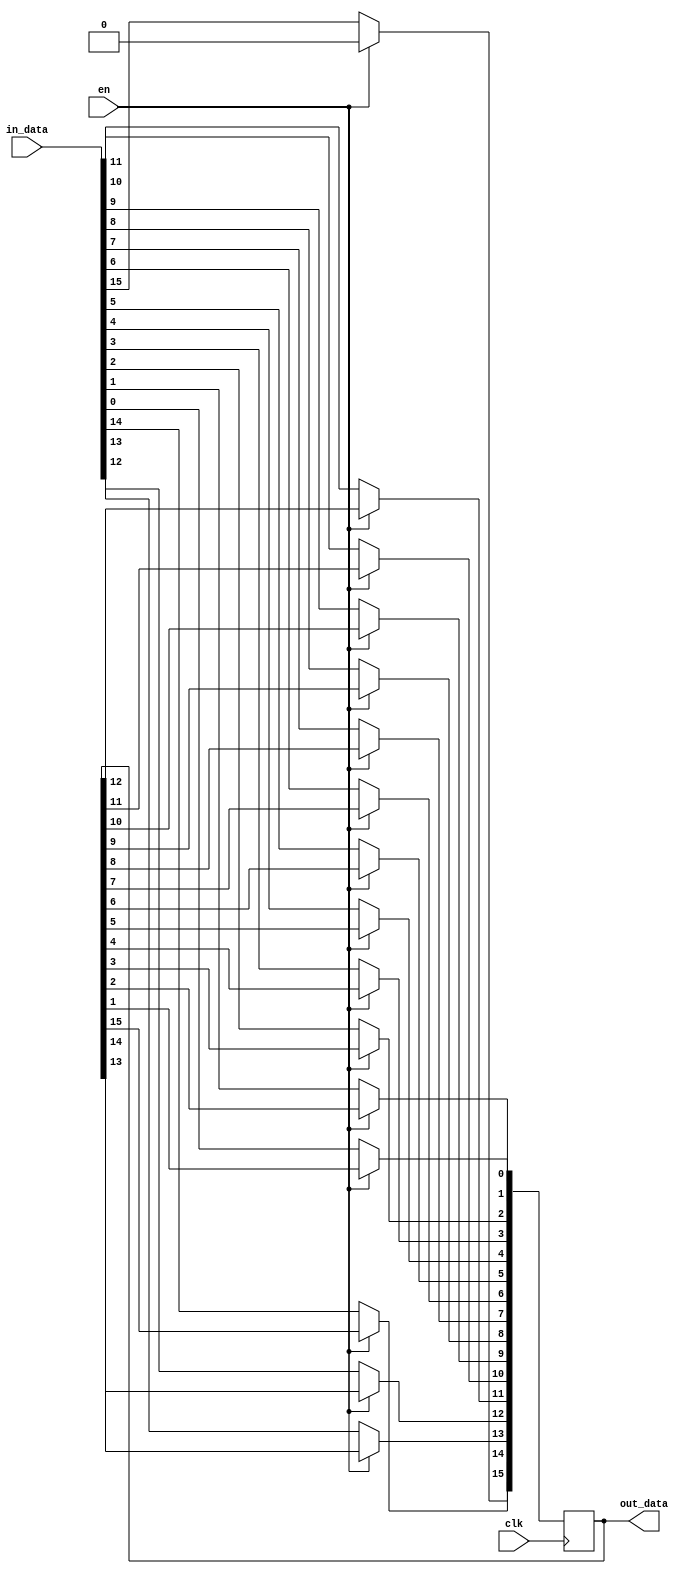
module myshft_rt_alu(in_data, clk, en, out_data);
    input [15:0] in_data;
    input clk, en;
    output reg [15:0] out_data;

    always@(posedge clk)
    begin
        if(en) begin
            out_data[0]  <= out_data[1];
            out_data[1]  <= out_data[2];
            out_data[2]  <= out_data[3];
            out_data[3]  <= out_data[4];
            out_data[4]  <= out_data[5];
            out_data[5]  <= out_data[6];
            out_data[6]  <= out_data[7];
            out_data[7]  <= out_data[8];
            out_data[8]  <= out_data[9];
            out_data[9]  <= out_data[10];
            out_data[10] <= out_data[11];
            out_data[11] <= out_data[12];
            out_data[12] <= out_data[13];
            out_data[13] <= out_data[14];
            out_data[14] <= out_data[15];
            out_data[15] <= 0;
        end
        else out_data <= in_data;
    end    
endmodule